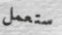
ستعمل